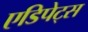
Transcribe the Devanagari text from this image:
एडिपेट्स